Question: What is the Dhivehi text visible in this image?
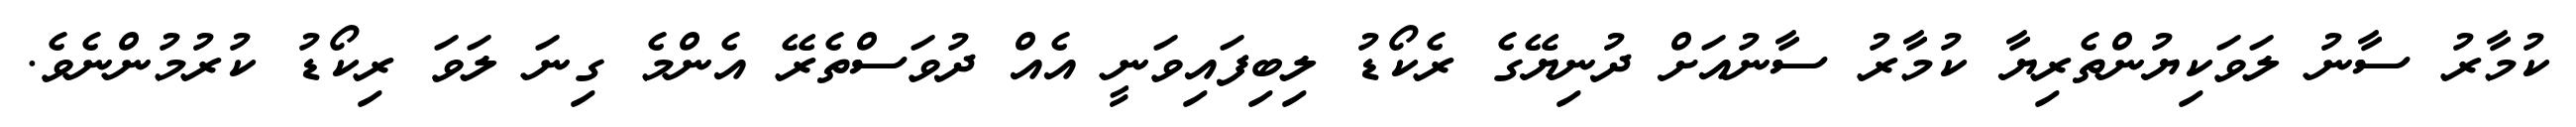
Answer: ކުމާރު ސާނު ލަވަކިޔުންތެރިޔާ ކުމާރު ސާނުއަށް ދުނިޔޭގެ ރެކޯޑު ލިބިފައިވަނީ އެއް ދުވަސްތެރޭ އެންމެ ގިނަ ލަވަ ރިކޯޑު ކުރުމުންނެވެ.